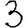
Digit: 3